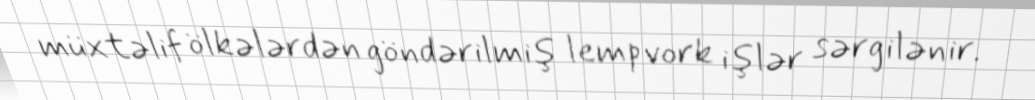
müxtəlif ölkələrdən göndərilmiş lempvork işlər sərgilənir.